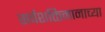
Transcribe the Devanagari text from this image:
सर्वशक्तिमानाच्या